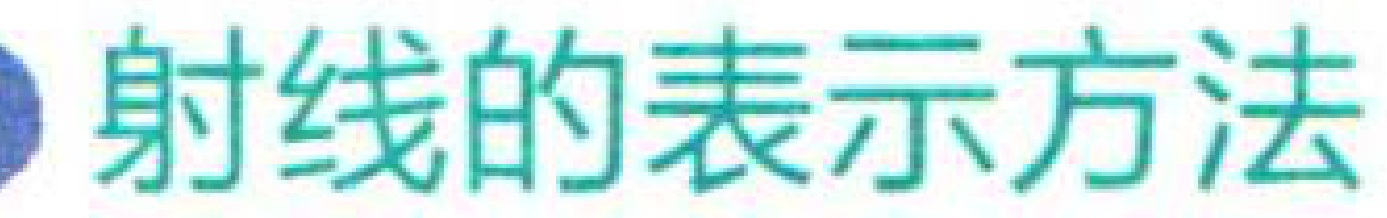
射线的表示方法